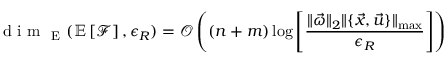
\mathrm { ~ d ~ i ~ m ~ } _ { \mathrm { ~ E ~ } } ( \mathbb { E } \left[ \mathcal { F } \right] , \epsilon _ { R } ) = \mathcal { O } \left( ( n + m ) \log \left[ \frac { \| \vec { \omega } \| _ { 2 } \| \{ \vec { x } , \vec { u } \} \| _ { \operatorname* { m a x } } } { \epsilon _ { R } } \right] \right)